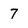
Character: 7